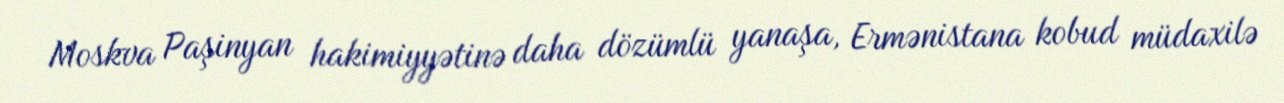
Moskva Paşinyan hakimiyyətinə daha dözümlü yanaşa, Ermənistana kobud müdaxilə